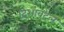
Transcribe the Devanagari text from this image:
दिशाबदल